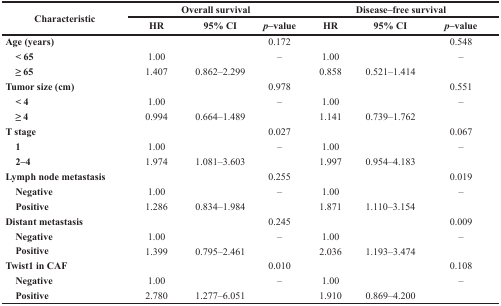
| <ROWSPAN=2> Characteristic | <COLSPAN=3> Overall survival | <COLSPAN=3> Disease–free survival |
 | HR | 95% CI | p–value | HR | 95% CI | p–value |
 | --- | --- | --- | --- | --- | --- | --- |
 | Age (years) |  |  | 0.172 |  |  | 0.548 |
 | < 65 | 1.00 |  | – | 1.00 |  | – |
 | ≥ 65 | 1.407 | 0.862–2.299 |  | 0.858 | 0.521–1.414 |  |
 | Tumor size (cm) |  |  | 0.978 |  |  | 0.551 |
 | < 4 | 1.00 |  | – | 1.00 |  | – |
 | ≥ 4 | 0.994 | 0.664–1.489 |  | 1.141 | 0.739–1.762 |  |
 | T stage |  |  | 0.027 |  |  | 0.067 |
 | 1 | 1.00 |  | – | 1.00 |  | – |
 | 2–4 | 1.974 | 1.081–3.603 |  | 1.997 | 0.954–4.183 |  |
 | Lymph node metastasis |  |  | 0.255 |  |  | 0.019 |
 | Negative | 1.00 |  | – | 1.00 |  | – |
 | Positive | 1.286 | 0.834–1.984 |  | 1.871 | 1.110–3.154 |  |
 | Distant metastasis |  |  | 0.245 |  |  | 0.009 |
 | Negative | 1.00 |  | – | 1.00 |  | – |
 | Positive | 1.399 | 0.795–2.461 |  | 2.036 | 1.193–3.474 |  |
 | Twist1 in CAF |  |  | 0.010 |  |  | 0.108 |
 | Negative | 1.00 |  | – | 1.00 |  | – |
 | Positive | 2.780 | 1.277–6.051 |  | 1.910 | 0.869–4.200 |  |